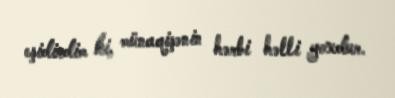
eşidirdim ki, münaqişənin hərbi həlli yoxdur.